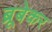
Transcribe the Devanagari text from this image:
ब्रूबेकर